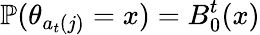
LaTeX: \mathbb{P}(\theta_{a_{t}(j)}=x)=B_{0}^{t}(x)